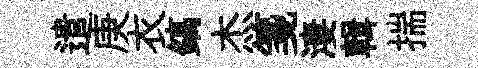
遣庚衣鎬杰箋淒輯揣